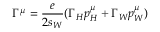
\Gamma ^ { \mu } = \frac { e } { 2 s _ { W } } ( \Gamma _ { H } p _ { H } ^ { \mu } + \Gamma _ { W } p _ { W } ^ { \mu } )